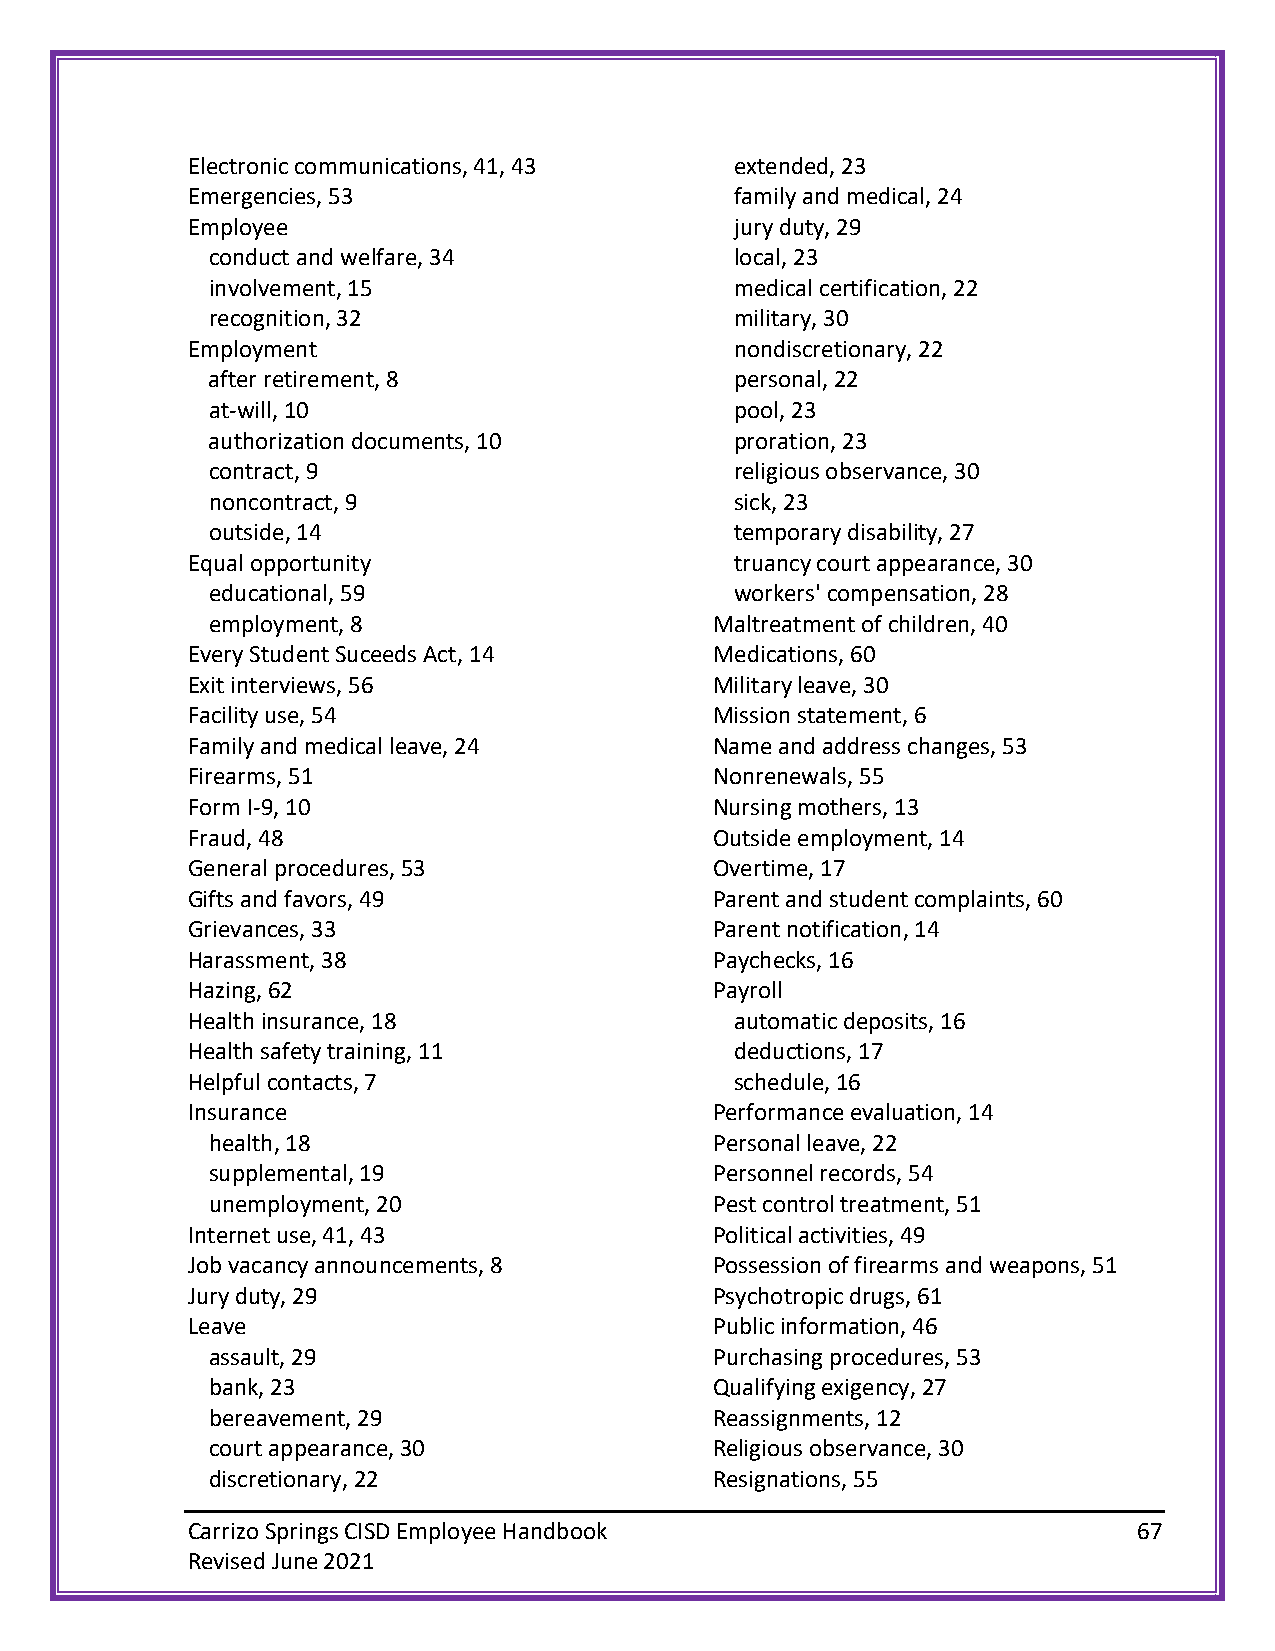
Electronic communications, 41, 43    extended, 23
 Emergencies, 53                      family and medical, 24
 Employee                             jury duty, 29
 conduct and welfare, 34            local, 23
 involvement, 15                    medical certification, 22
 recognition, 32                    military, 30
 Employment                           nondiscretionary, 22
 after retirement, 8                personal, 22
 at-will, 10                        pool, 23
 authorization documents, 10        proration, 23
 contract, 9                        religious observance, 30
 noncontract, 9                     sick, 23
 outside, 14                        temporary disability, 27
 Equal opportunity                    truancy court appearance, 30
 educational, 59                    workers' compensation, 28
 employment, 8                    Maltreatment of children, 40
 Every Student Suceeds Act, 14      Medications, 60
 Exit interviews, 56                Military leave, 30
 Facility use, 54                   Mission statement, 6
 Family and medical leave, 24       Name and address changes, 53
 Firearms, 51                       Nonrenewals, 55
 Form I-9, 10                       Nursing mothers, 13
 Fraud, 48                          Outside employment, 14
 General procedures, 53             Overtime, 17
 Gifts and favors, 49               Parent and student complaints, 60
 Grievances, 33                     Parent notification, 14
 Harassment, 38                     Paychecks, 16
 Hazing, 62                         Payroll
 Health insurance, 18                 automatic deposits, 16
 Health safety training, 11           deductions, 17
 Helpful contacts, 7                  schedule, 16
 Insurance                          Performance evaluation, 14
 health, 18                       Personal leave, 22
 supplemental, 19                 Personnel records, 54
 unemployment, 20                 Pest control treatment, 51
 Internet use, 41, 43               Political activities, 49
 Job vacancy announcements, 8       Possession of firearms and weapons, 51
 Jury duty, 29                      Psychotropic drugs, 61
 Leave                              Public information, 46
 assault, 29                      Purchasing procedures, 53
 bank, 23                         Qualifying exigency, 27
 bereavement, 29                  Reassignments, 12
 court appearance, 30             Religious observance, 30
 discretionary, 22                Resignations, 55
 Carrizo Springs CISD Employee Handbook                         67
 Revised June 2021